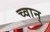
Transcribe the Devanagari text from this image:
च्वान्